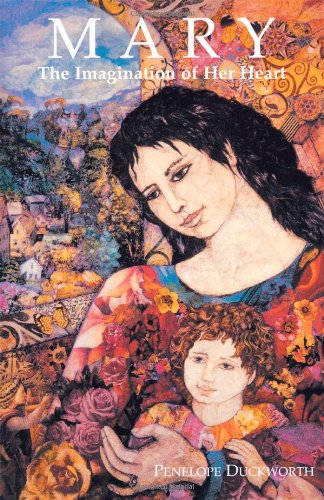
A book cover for Mary: The Imagination of Her Heart; Penelope Duckworth; Christian Books & Bibles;